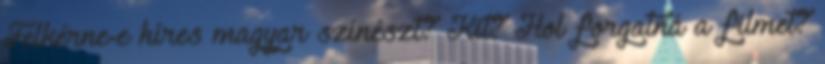
Felkérne-e híres magyar színészt? Kit? Hol forgatná a filmet?